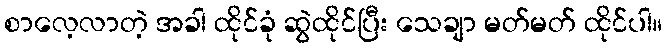
စာလေ့လာတဲ့ အခါ ထိုင်ခုံ ဆွဲထိုင်ပြီး သေချာ မတ်မတ် ထိုင်ပါ။